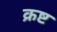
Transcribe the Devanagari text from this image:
क्रष्ट